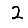
Digit: 2